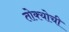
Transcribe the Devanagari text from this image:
तोक्योची